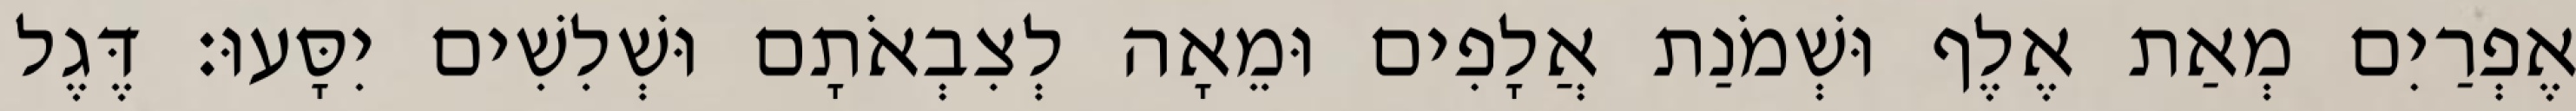
אֶפְרַיִם מְאַת אֶלֶף וּשְׁמֹנַת אֲלָפִים וּמֵאָה לְצִבְאֹתָם וּשְׁלִשִׁים יִסָּעוּ׃ דֶּגֶל